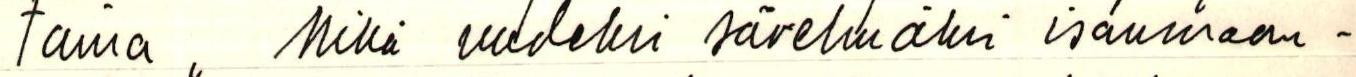
tamia ,, Mikä uudeksi sävelmäksi isanmaan-